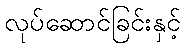
လုပ်ဆောင်ခြင်းနှင့်